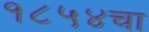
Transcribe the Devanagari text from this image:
१८५४चा